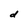
Character: d